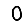
Digit: 0